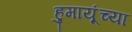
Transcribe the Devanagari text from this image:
हुमायूंच्या